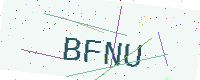
Text: BFNU